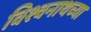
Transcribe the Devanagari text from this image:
विश्वनाथच्या